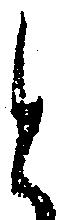
と